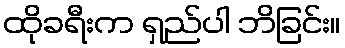
ထိုခရီးက ရှည်ပါ ဘိခြင်း။